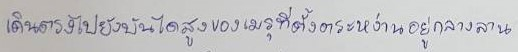
เดินตรงไปยังบันไดสูงของเมรุที่ตั้งตระหง่านอยู่กลางลาน